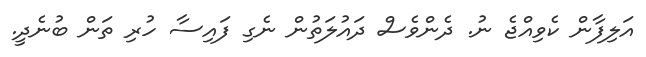
އަލިފާން ކެވިއްޖެ ނު. ދެންވެސް ދައުލަތުން ނެގި ފައިސާ ހުރި ތަން ބުނެދީ.